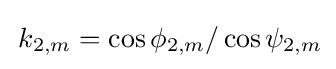
\,k_{2,m}=\cos \phi _{2,m}/\cos \psi _{2,m}